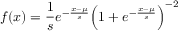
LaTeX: f ( x ) = { \frac { 1 } { s } } e ^ { - { \frac { x - \mu } { s } } } { \Bigl ( } 1 + e ^ { - { \frac { x - \mu } { s } } } { \Bigr ) } ^ { - 2 }